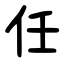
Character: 任